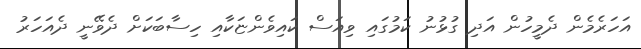
އަހަރެމެން ދެމީހުން އަދި ގުޅުނު ކަމުގައި ވިއަސް ކައިވެންޏަކާއި ހިސާބަކަށް ދެވޭނީ ދެއަހަރު